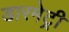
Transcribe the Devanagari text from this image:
डारमेट्री